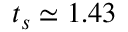
t _ { s } \simeq 1 . 4 3